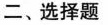
二、选择题